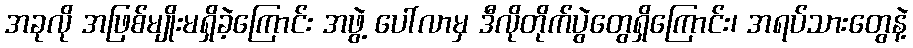
အခုလို အဖြစ်မျိုးမရှိခဲ့ကြောင်း အဖွဲ့ ပေါ်လာမှ ဒီလိုတိုက်ပွဲတွေရှိကြောင်း၊ အရပ်သားတွေနဲ့